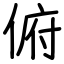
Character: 俯